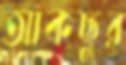
আকছুর